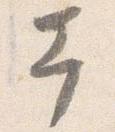
幸